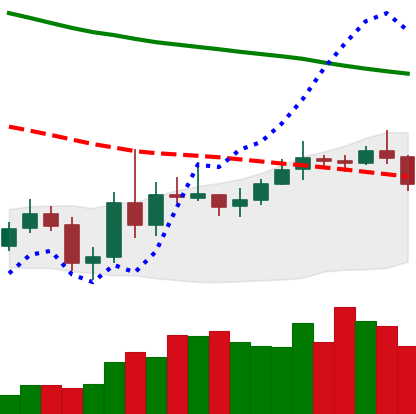
Ticker: XMR-USD
Chart end date: 2019-11-08
Forward return: 7.291%
Label: up_7plus